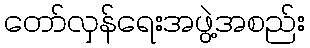
တော်လှန်ရေးအဖွဲ့အစည်း